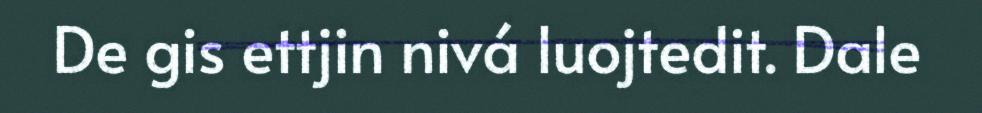
De gis ettjin nivá luojtedit. Dale